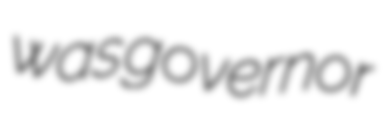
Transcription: was governor